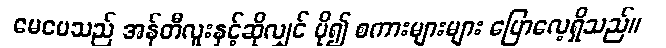
မေမေသည် အန်တီလူးနှင့်ဆိုလျှင် ပို၍ စကားများများ ပြောလေ့ရှိသည်။